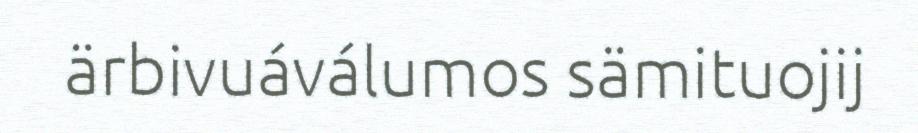
ärbivuáválumos sämituojij